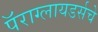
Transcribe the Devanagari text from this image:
पॅराग्लायडर्सचे